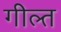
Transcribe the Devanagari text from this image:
गील्त